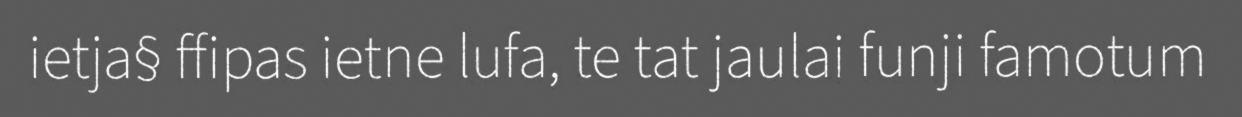
ietja§ ffipas ietne lufa, te tat jaulai funji famotum